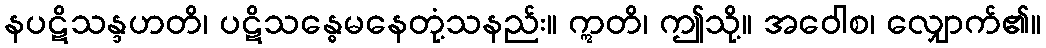
နပဋိသန္ဒဟတိ၊ ပဋိသန္ဓေမနေတုံ့သနည်း။ ဣတိ၊ ဤသို့။ အဝေါစ၊ လျှောက်၏။